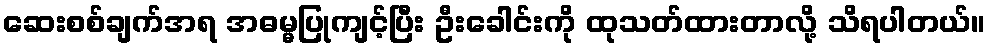
ဆေးစစ်ချက်အရ အဓမ္မပြုကျင့်ပြီး ဦးခေါင်းကို ထုသတ်ထားတာလို့ သိရပါတယ်။